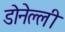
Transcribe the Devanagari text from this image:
डोनेल्ली